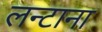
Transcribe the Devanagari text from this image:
लन्टाना